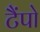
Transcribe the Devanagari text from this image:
टैंपो